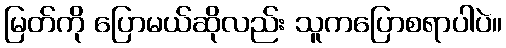
မြတ်ကို ပြောမယ်ဆိုလည်း သူကပြောစရာပါပဲ။